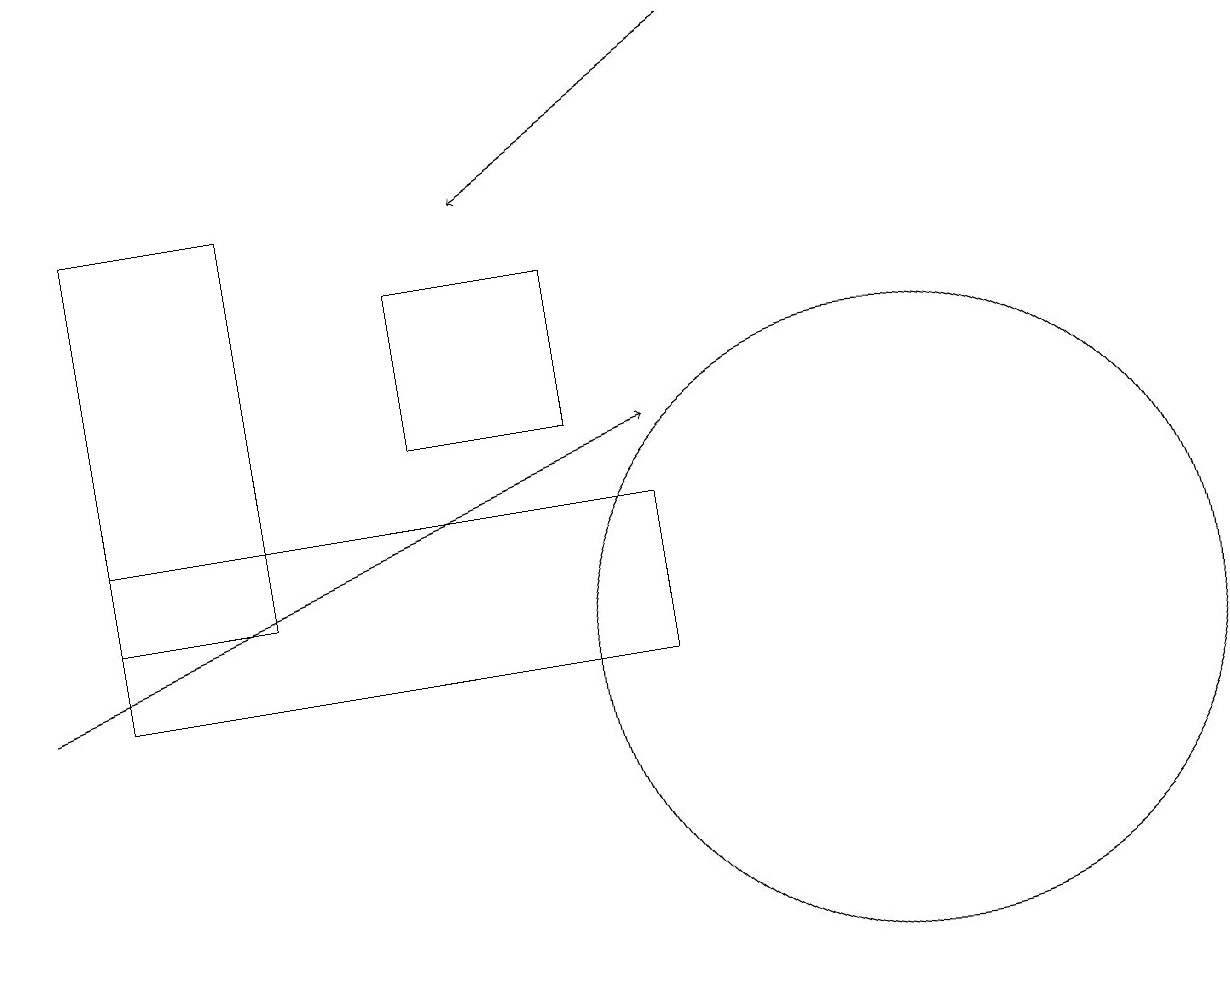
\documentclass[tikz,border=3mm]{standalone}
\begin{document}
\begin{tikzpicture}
\draw (1,10) rectangle (8,12);
\draw[->] (0,10) -- (8,13);
\draw (11,10) circle (4);
\draw (7,15) rectangle (5,13);
\draw (3,16) rectangle (1,11);
\draw[->] (9,18) -- (6,16);
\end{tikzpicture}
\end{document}